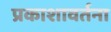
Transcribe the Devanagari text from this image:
प्रकाशावर्तना